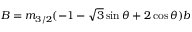
B = m _ { 3 / 2 } ( - 1 - \sqrt { 3 } \sin \theta + 2 \cos \theta ) \l { b }